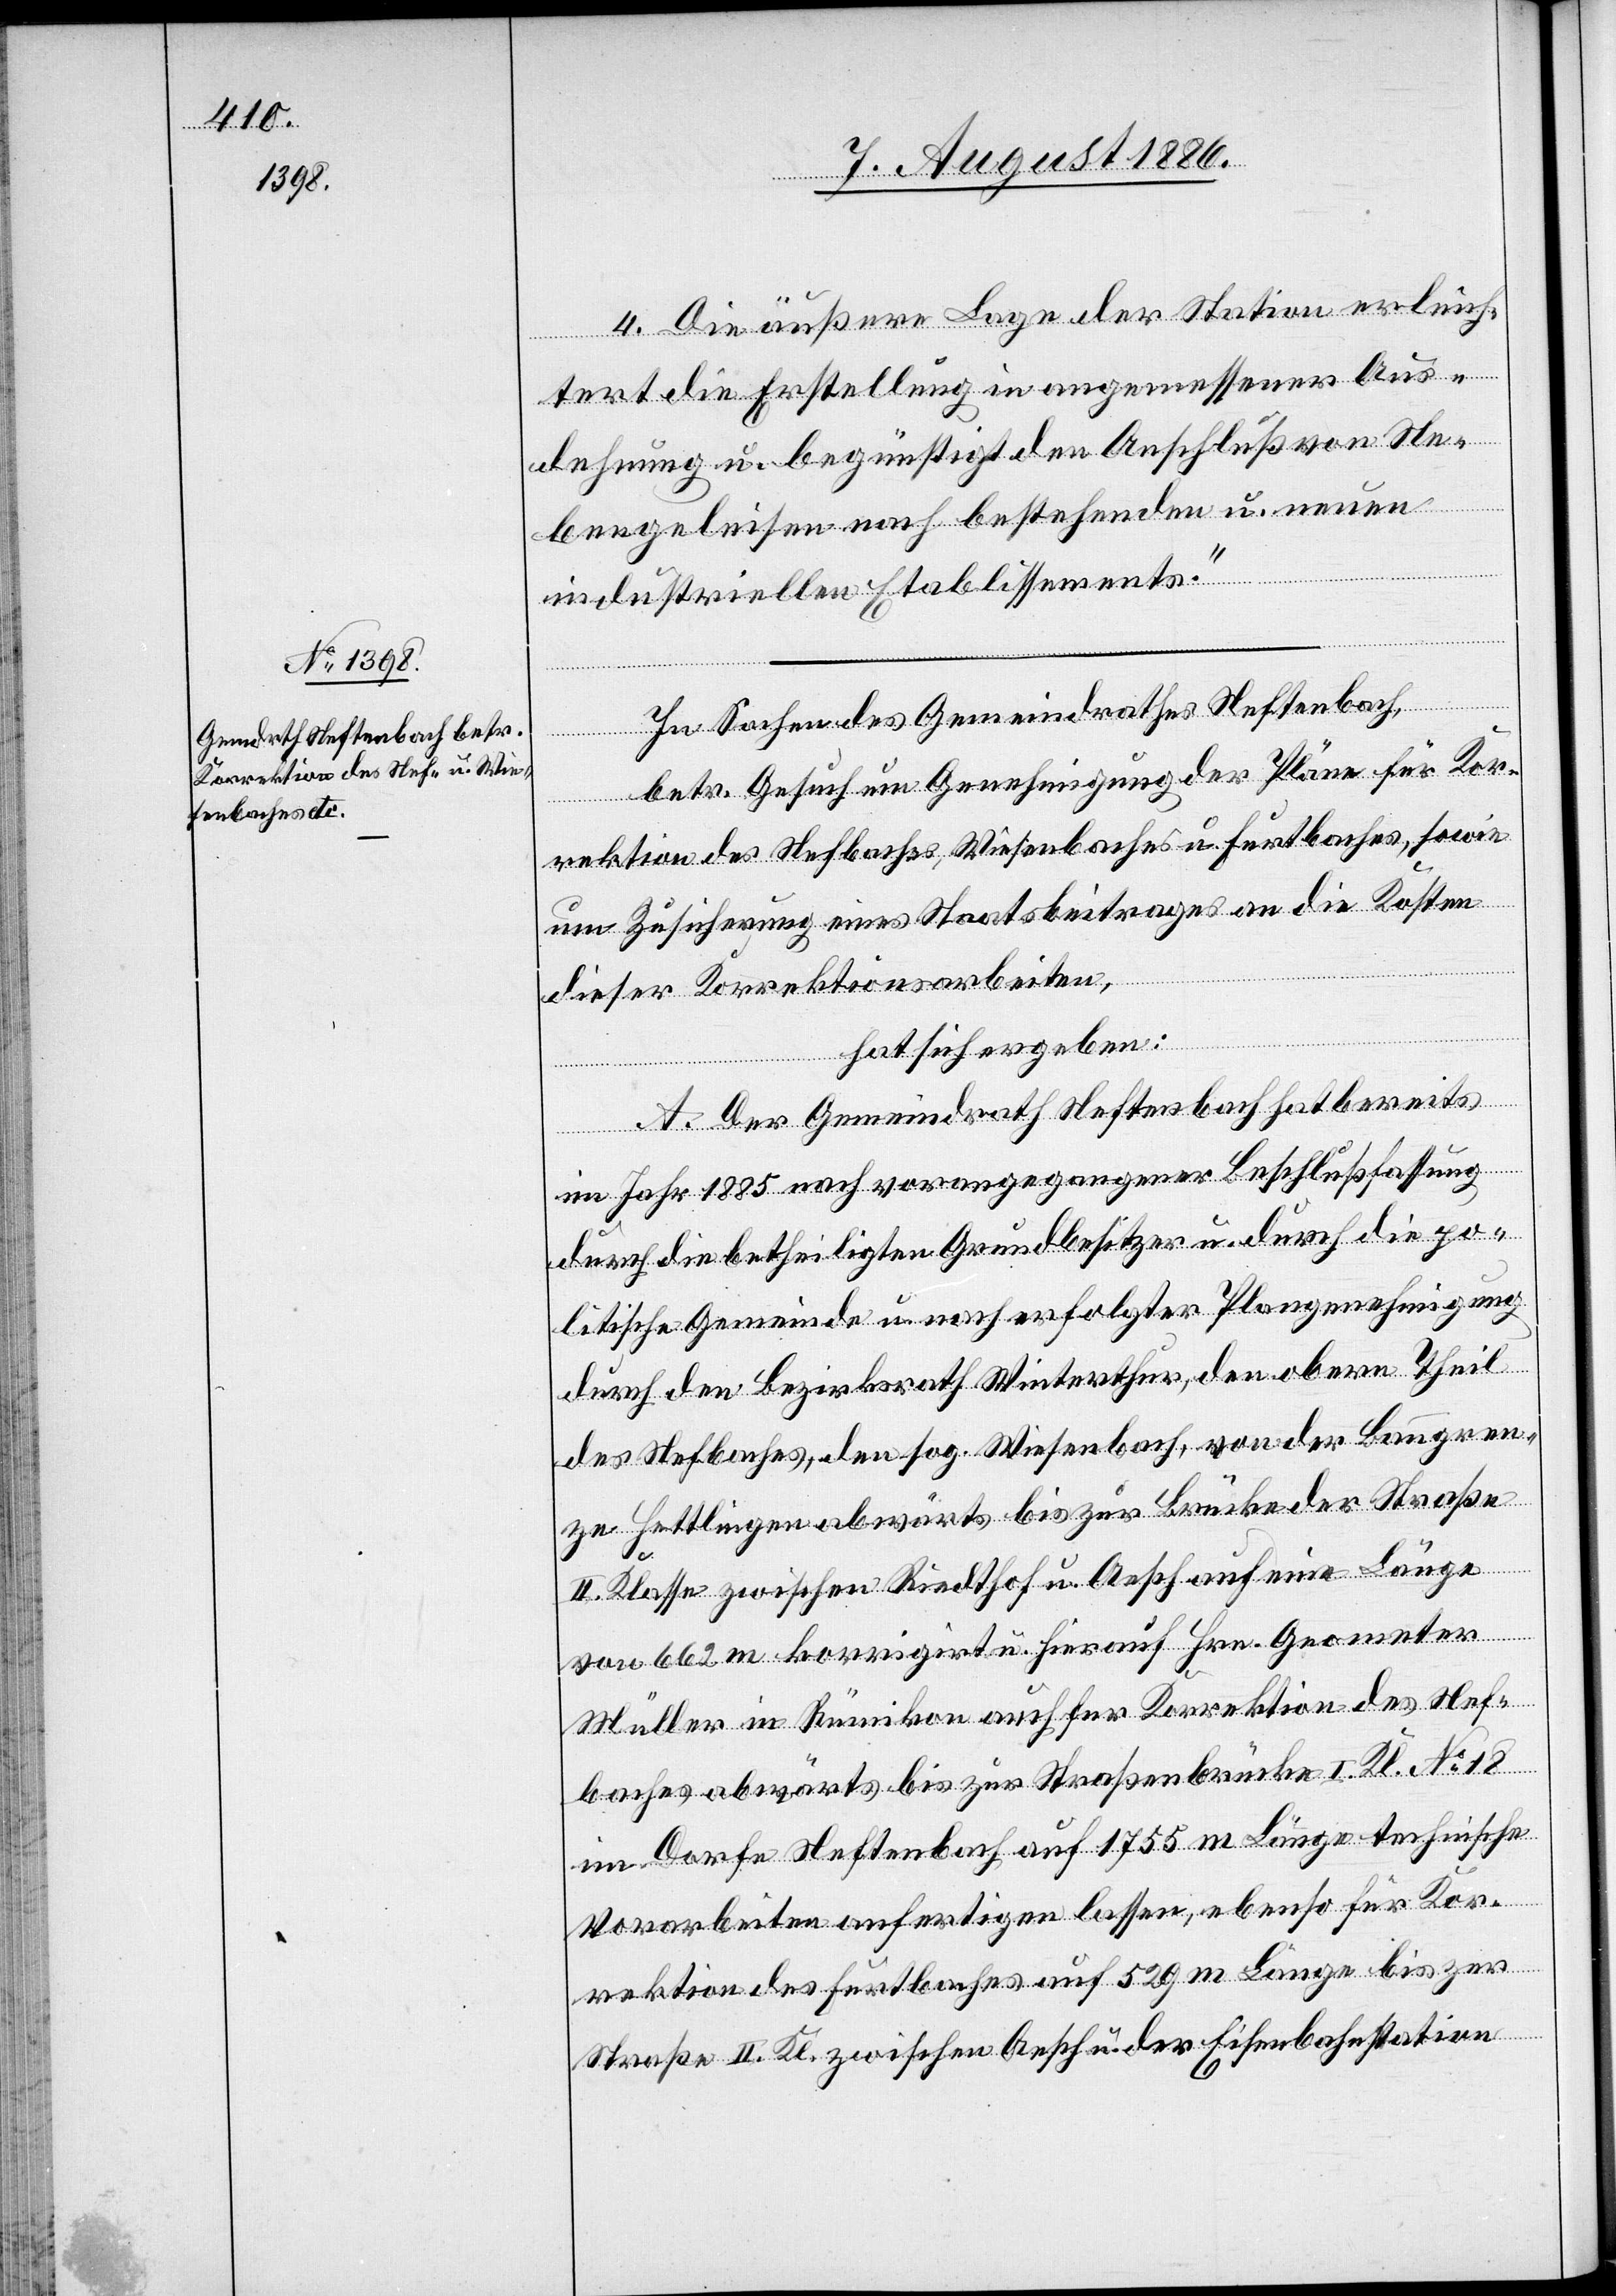
4. Die äußere Lage der Station erleich¬
tert die Erstellung in angemessener Aus¬
dehnung u. begünstigt den Anschluß von Ne¬
bengeleisen nach bestehenden u. neuen
industriellen Etablissements.“
In Sachen des Gemeindrathes Neftenbach,
betr. Gesuch um Genehmigung der Pläne für Kor¬
rektion des Nefbaches, Wiesenbaches u. Furtbaches, sowie
um Zusicherung eines Staatsbeitrages an die Kosten
dieser Korrektionsarbeiten,
hat sich ergeben:
A. Der Gemeindrath Neftenbach hat bereits
im Jahr 1885 nach vorangegangener Beschlußfassung
durch die betheiligten Grundbesitzer u. durch die po¬
litische Gemeinde u. nach erfolgter Plangenehmigung
durch den Bezirksrath Winterthur, den obern Theil
des Nefbaches, den sog. Wiesenbach, von der Banngren¬
ze Hettlingen abwärts bis zur Brücke der Straße
II. Klasse zwischen Riedthof u. Aesch auf eine Länge
von 662 m korrigiert u. hierauf Hrn. Geometer
Müller in Rümikon auch für Korrektion des Nef¬
baches abwärts bis zur Straßenbrücke I. K. No 18
im Dorfe Neftenbach auf 1755 m Länge technische
Vorarbeiten anfertigen lassen, ebenso für Kor¬
rektion des Furtbaches auf 529 m Länge bis zur
Straße II. Kl. zwischen Aesch u. der Eisenbahnstation